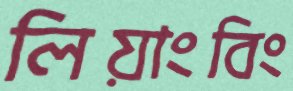
লিয়াংবিং